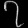
Digit: ၇